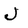
Character: J